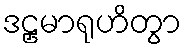
ဒဠှမာရုဟိတွာ